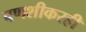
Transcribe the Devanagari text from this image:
पणशीकरही